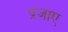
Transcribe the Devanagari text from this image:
प्रजाए